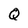
Character: Q